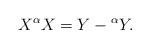
LaTeX: \begin{align*}X{}^\alpha X=Y-{}^\alpha Y.\end{align*}